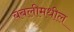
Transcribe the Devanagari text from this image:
बबलीमधील